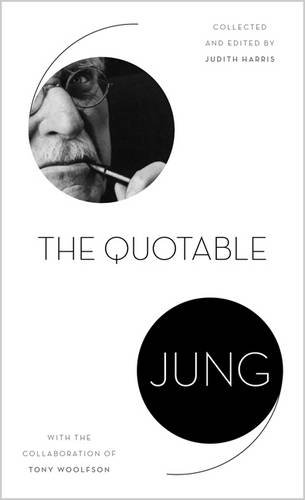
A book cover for The Quotable Jung; C. G. Jung; Medical Books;